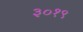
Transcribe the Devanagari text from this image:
३०१९